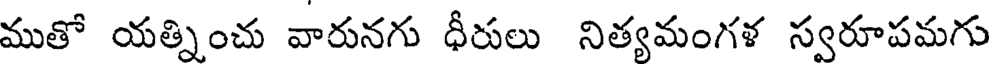
ముతో యత్నించు వారునగు ధీరులు నిత్యమంగళ స్వరూపమగు